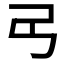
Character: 𢎠